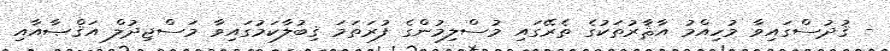
- ޤުދުސްގައިވާ މުހިއްމު އާޘާރުތަކުގެ ތެރޭގައި މުސްލިމުންގެ ފުރަތަމަ ޤިބުލާކަމުގައިވާ މަސްޖިދުލް އަޤްޞާއާއި